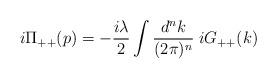
LaTeX: \begin{align*}i \Pi_{++} (p) = - \frac{i\lambda}{2} \int \frac{d^{n}k}{(2\pi)^{n}}\;iG_{++} (k)\end{align*}